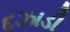
દઝાડી